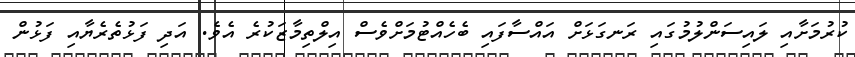
ކުރުމަށާއި ލައިސަންލުމުގައި ރަނގަޅަށް އައްސާފައި ބެހެއްޓުމަށްވެސް އިލްތިމާޒަކުރެ އެވެ. އަދި ފަޅުތެރެޔާއި ފަޅުން